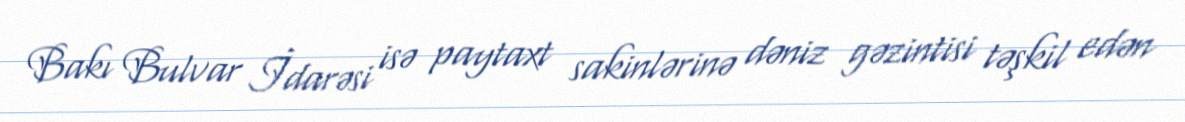
Bakı Bulvar İdarəsi isə paytaxt sakinlərinə dəniz gəzintisi təşkil edən